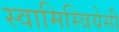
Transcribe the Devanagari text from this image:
स्वामिस्त्रियेसी